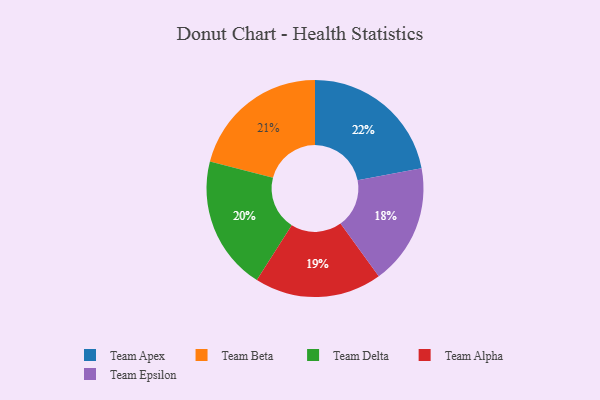
{"axis": {"x": "Category", "y": "Percentage"}, "legend": ["Team Alpha", "Team Apex", "Team Beta", "Team Delta", "Team Epsilon"], "data": [{"x": "Team Beta", "y": 21, "type": "Team Beta"}, {"x": "Team Delta", "y": 20, "type": "Team Delta"}, {"x": "Team Apex", "y": 22, "type": "Team Apex"}, {"x": "Team Epsilon", "y": 18, "type": "Team Epsilon"}, {"x": "Team Alpha", "y": 19, "type": "Team Alpha"}]}